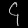
Digit: ၄